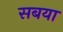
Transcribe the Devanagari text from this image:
सबया